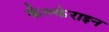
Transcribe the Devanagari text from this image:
कैल्‍केराइन